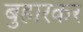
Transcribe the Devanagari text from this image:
बुहारकर